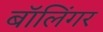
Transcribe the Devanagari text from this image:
बॉलिंगर